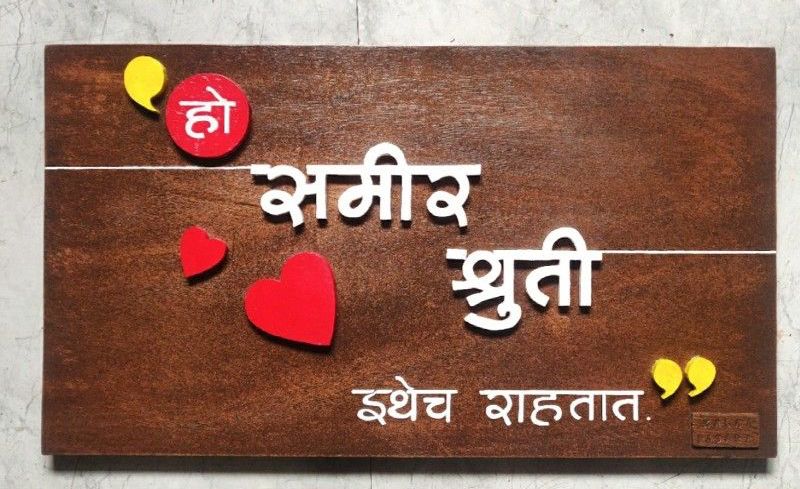
Language: marathi
Transcription: समीर श्रुती इथेच राहतात हो